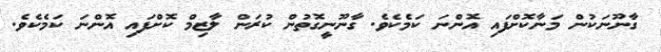
ގާނޫނަކުން މަނާކޮށްފައި އޮންނަ ކަމެކެވެ. ގާނޫނީގޮތުން ކުރަން ލާޒިމް ކޮށްފައި އޮންނަ ކަމެކެވެ.